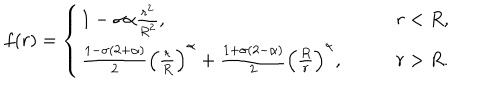
LaTeX: f ( r ) = \left\{ \begin{array} { l l } { { 1 - \sigma \alpha \frac { r ^ { 2 } } { R ^ { 2 } } , } } & { { \qquad r < R , } } \\ { { \frac { 1 - \sigma ( 2 + \alpha ) } { 2 } \left( \frac { r } { R } \right) ^ { \alpha } + \frac { 1 + \sigma ( 2 - \alpha ) } { 2 } \left( \frac { R } { r } \right) ^ { \alpha } , } } & { { \qquad r > R . } } \\ \end{array} \right.